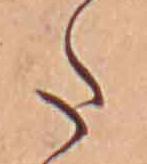
た